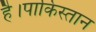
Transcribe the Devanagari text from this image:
है।पाकिस्तान